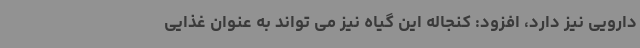
دارویی نیز دارد، افزود: کنجاله این گیاه نیز می تواند به عنوان غذایی